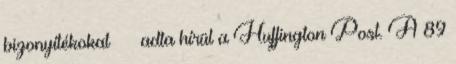
bizonyítékokat″ – adta hírül a Huffington Post. A 89